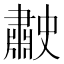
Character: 𦘤